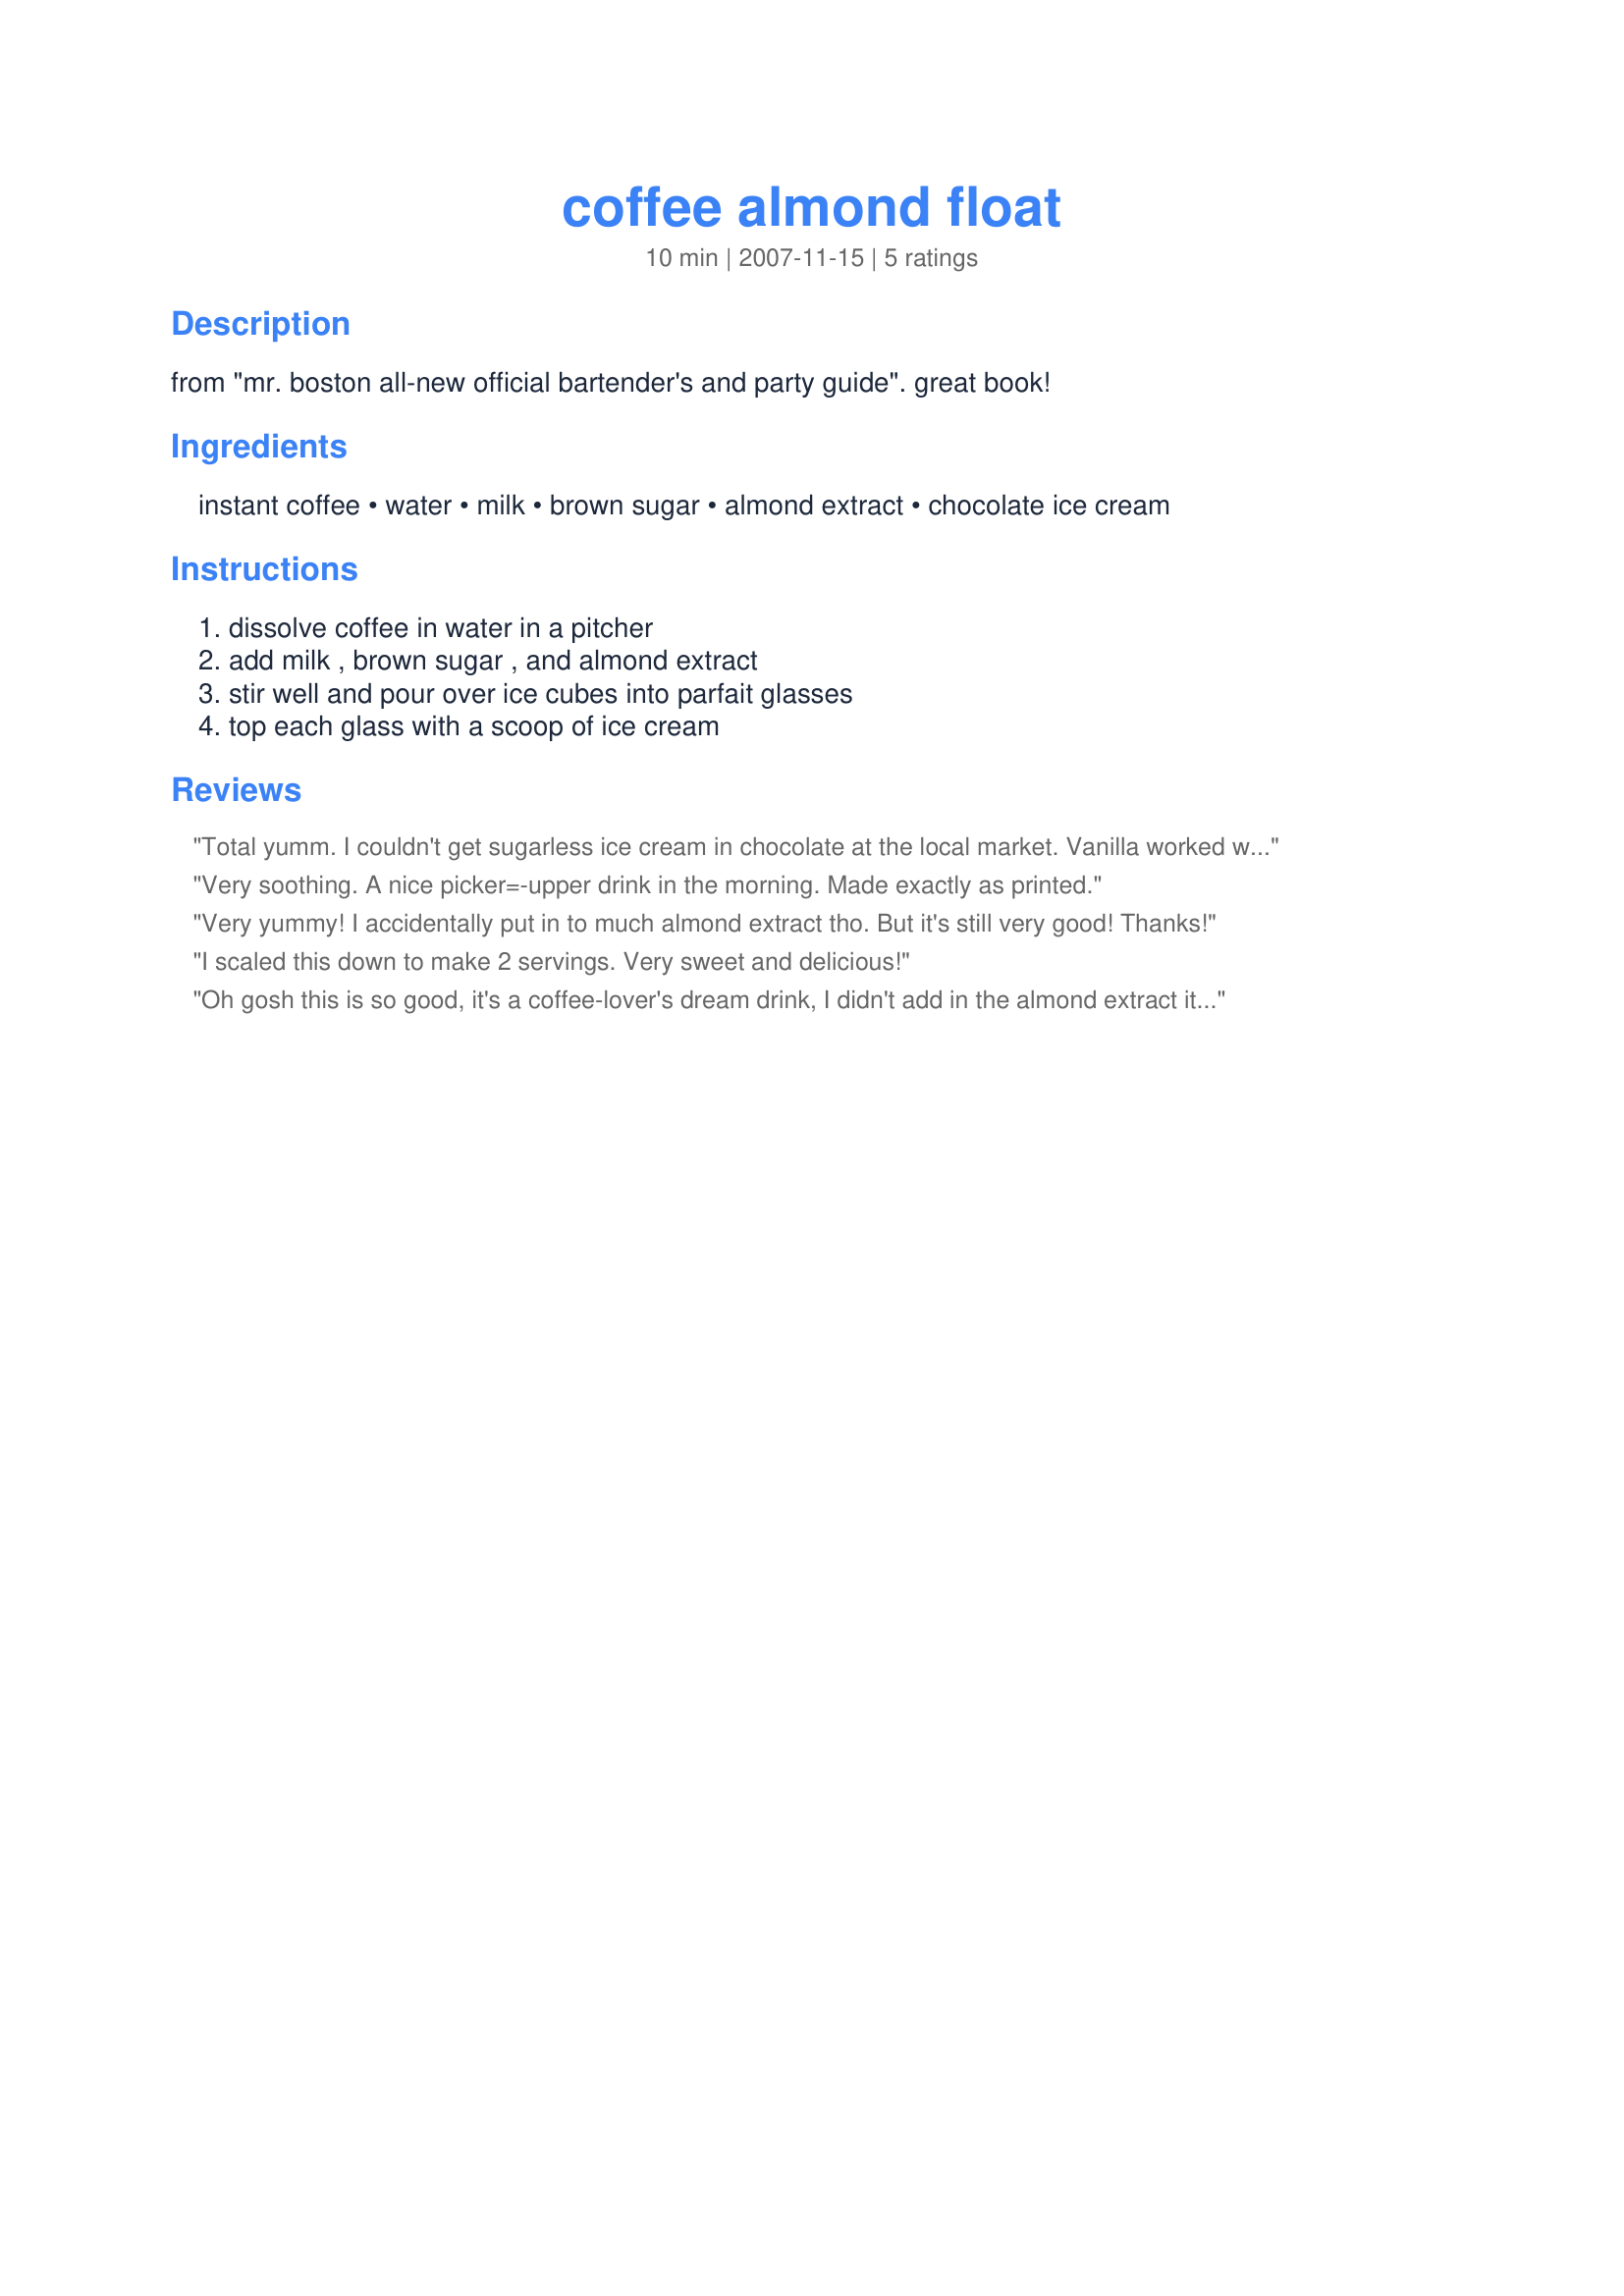
coffee almond float
Preparation time: 10 minutes

from "mr. boston all-new official bartender's and party guide". great book!

Ingredients:
instant coffee, water, milk, brown sugar, almond extract, chocolate ice cream

Steps:
dissolve coffee in water in a pitcher, add milk , brown sugar , and almond extract, stir well and pour over ice cubes into parfait glasses, top each glass with a scoop of ice cream

Reviews:
Total yumm. I couldn't get sugarless ice cream in chocolate at the local market. Vanilla worked well in it's place. The brown sugar was replaced with 1 tsp of Splenda Brown (I made one drink) just to trim the sugars. Very simple and quick to make and the almond is a lovely accent. Made for Photo Tag.
Very soothing. A nice picker=-upper drink in the morning. Made exactly as printed.
Very yummy! I accidentally put in to much almond extract tho. But it's still very good! Thanks!
I scaled this down to make 2 servings. Very sweet and delicious!
Oh gosh this is so good, it's a coffee-lover's dream drink, I didn't add in the almond extract it was wonderful without it, thanks for sharing this great summer's treat Engrossed
